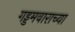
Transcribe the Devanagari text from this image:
गड्डमवाराच्या